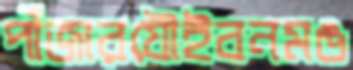
পাঁজারযৌইবনমঙ